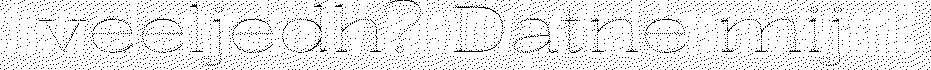
veeljedh? Datne mij